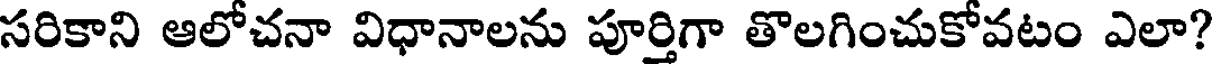
సరికాని ఆలోచనా విధానాలను పూర్తిగా తొలగించుకోవటం ఎలా?